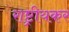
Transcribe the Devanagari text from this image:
राष्ट्रीयकर